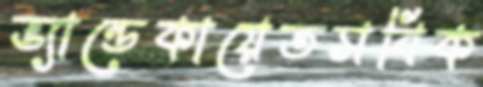
ভ্যান্ডেকায়েতসবিক